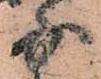
少